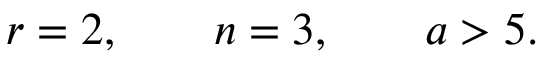
r = 2 , \qquad n = 3 , \qquad a > 5 .